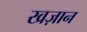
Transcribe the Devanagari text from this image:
खज़ान